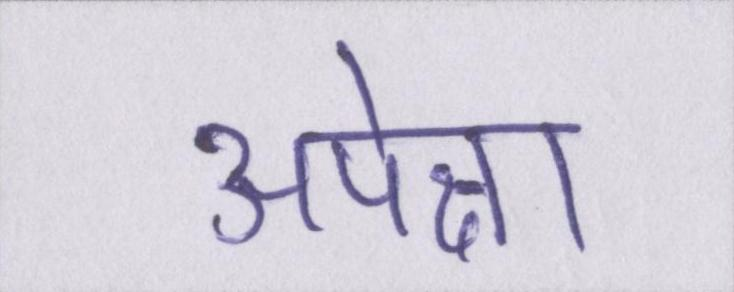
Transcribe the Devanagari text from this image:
अपेक्षा